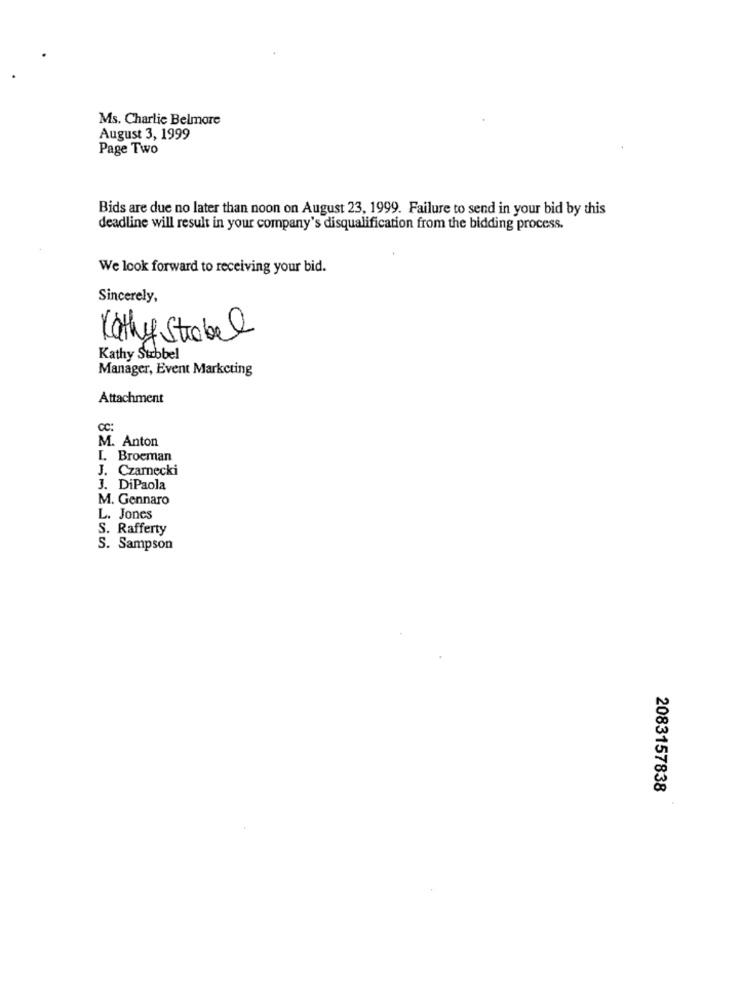
Ms. Charlie Belmore
August 3, 1999
Page Two
Bids are due no later than noon on August 23, 1999. Failure to send in your bid by this
deadline will result in your company's disqualification from the bidding process.
We look forward to receiving your bid.
Sincerely,
Kathy Strobel
Kathy Surbbel
Manager, Event Marketing
Attachment
CC:
M. Anton
I. Broeman
J. Czarnecki
J. DiPaola
M. Gennaro
L. Jones
S. Rafferty
S. Sampson
2083157838